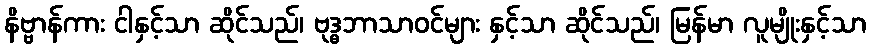
နိဗ္ဗာန်ကား ငါနှင့်သာ ဆိုင်သည်၊ ဗုဒ္ဓဘာသာဝင်များ နှင့်သာ ဆိုင်သည်၊ မြန်မာ လူမျိုးနှင့်သာ